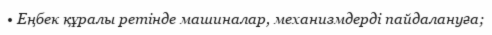
• Еңбек құралы ретінде машиналар, механизмдерді пайдалануға;